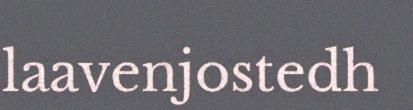
laavenjostedh